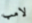
لامب